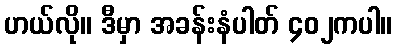
ဟယ်လို။ ဒီမှာ အခန်းနံပါတ် ၄၀၂ကပါ။